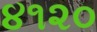
૪૧૨૦